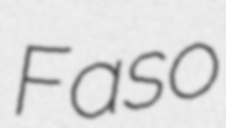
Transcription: Faso